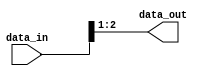
module RV_bits_remove#(

    parameter N    = 3,
    parameter S    = 1,
    parameter POS  = 0

)(

    input  wire [N-1 : 0]   data_in,
    output wire [N-S-1 : 0] data_out

);

    if (POS == 0) 
    begin
        assign data_out = data_in[N-1:S];
    end else if (POS == N) 
    begin
        assign data_out = data_in[N-S-1:0];
    end else 
    begin
        assign data_out = {data_in[N-1:(POS+S)], data_in[POS-1:0]};
    end  

endmodule